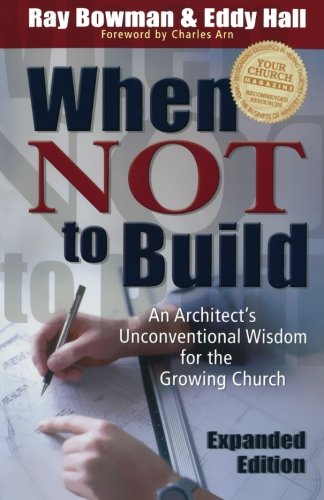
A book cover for When Not to Build: An Architect's Unconventional Wisdom for the Growing Church; Ray Bowman; Christian Books & Bibles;